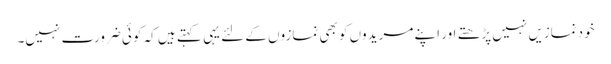
خودنمازیں نہیں پڑھتے اور اپنے مریدوں کو بھی نمازوں کے لئے یہی کہتے ہیں کہ کوئی ضرورت نہیں۔